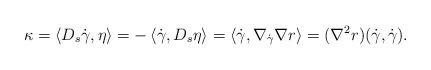
LaTeX: \begin{align*}\kappa = \left \langle D_s \dot{\gamma}, \eta \right\rangle = - \left \langle \dot{\gamma}, D_s \eta\right \rangle = \left \langle \dot{\gamma} , \nabla_{\dot{\gamma}} \nabla r\right\rangle=( \nabla^2 r) ( \dot{\gamma}, \dot{\gamma}).\end{align*}